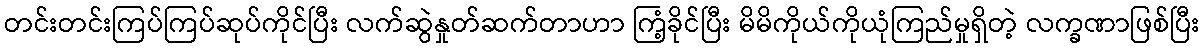
တင်းတင်းကြပ်ကြပ်ဆုပ်ကိုင်ပြီး လက်ဆွဲနှုတ်ဆက်တာဟာ ကြံ့ခိုင်ပြီး မိမိကိုယ်ကိုယုံကြည်မှုရှိတဲ့ လက္ခဏာဖြစ်ပြီး